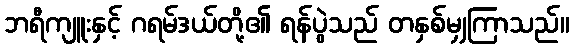
ဘရီကျူးနှင့် ဂရမ်ဒယ်တို့၏ ရန်ပွဲသည် တနှစ်မျှကြာသည်။